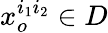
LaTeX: x_{o}^{i_{1}i_{2}}\in D